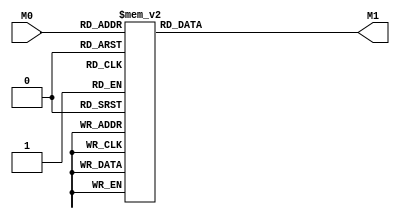
module layer0_N442 ( input [2:0] M0, output [1:0] M1 );

	(*rom_style = "distributed" *) reg [1:0] M1r;
	assign M1 = M1r;
	always @ (M0) begin
		case (M0)
			3'b000: M1r = 2'b00;
			3'b100: M1r = 2'b11;
			3'b010: M1r = 2'b00;
			3'b110: M1r = 2'b11;
			3'b001: M1r = 2'b00;
			3'b101: M1r = 2'b11;
			3'b011: M1r = 2'b00;
			3'b111: M1r = 2'b11;

		endcase
	end
endmodule